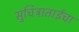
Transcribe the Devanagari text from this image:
सुचित्राताईंचा